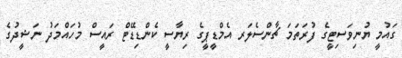
ގައުމީ ޔުނިވަސިޓީގެ ފުރަތަމަ ޗާންސެލަރ އެމްޑީޕީގެ ރިޔާސީ ކެންޑިޑޭޓް ރައީސް މުހައްމަދު ނަޝީދުގެ